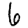
Digit: 6